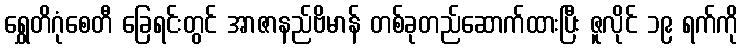
ရွှေတိဂုံစေတီ ခြေရင်းတွင် အာဇာနည်ဗိမာန် တစ်ခုတည်ဆောက်ထားပြီး ဇူလိုင် ၁၉ ရက်ကို